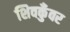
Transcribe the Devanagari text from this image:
शिवकुँवर